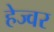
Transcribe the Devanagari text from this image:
हेज्वर